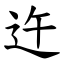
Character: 迕